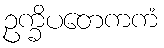
ဥက္ခိပတေကကံ